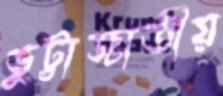
ভুট্টাজাতীয়